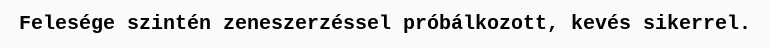
Felesége szintén zeneszerzéssel próbálkozott, kevés sikerrel.